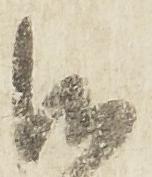
御